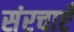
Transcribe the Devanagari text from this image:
संरचाएँ